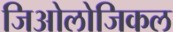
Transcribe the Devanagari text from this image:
जिओलोजिकल